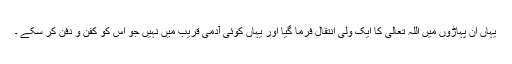
یہاں ان پہاڑوں میں اللہ تعالٰی کا ایک ولی انتقال فرما گیا اور یہاں کوئی آدمی قریب میں نہیں جو اس کو کفن و دفن کر سکے ۔